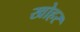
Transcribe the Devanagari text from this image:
खोहर